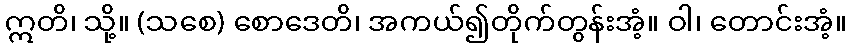
ဣတိ၊ သို့။ (သစေ) စောဒေတိ၊ အကယ်၍တိုက်တွန်းအံ့။ ဝါ၊ တောင်းအံ့။